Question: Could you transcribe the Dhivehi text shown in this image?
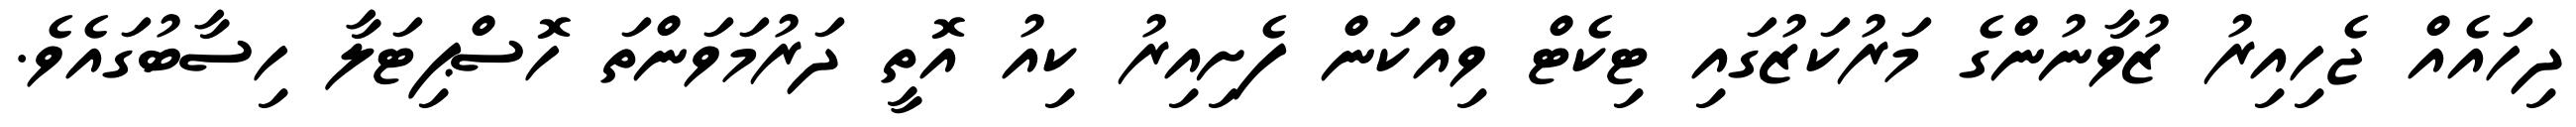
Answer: ދިހައެއް ޖެހިއިރު ޒުވާނުންގެ މަރުކަޒުގައި ޓިކެޓް ވިއްކަން ފެށިއިރު ކިއު އޮތީ ދަރުމަވަންތަ ހޮސްޕިޓަލާ ހިސާބުގައެވެ.